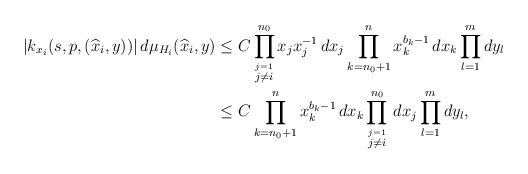
LaTeX: \begin{align*}|k_{x_i}(s,p,(\widehat x_i,y))| \,d\mu_{H_i}(\widehat x_i,y) &\leq C \prod_{\stackrel{j=1}{j\neq i}}^{n_0} x_jx_j^{-1}\,dx_j\prod_{k=n_0+1}^n x_k^{b_k-1}\,dx_k\prod_{l=1}^mdy_l\\&\leq C \prod_{k=n_0+1}^n x_k^{b_k-1}\,dx_k \prod_{\stackrel{j=1}{j\neq i}}^{n_0}\,dx_j\prod_{l=1}^mdy_l,\end{align*}